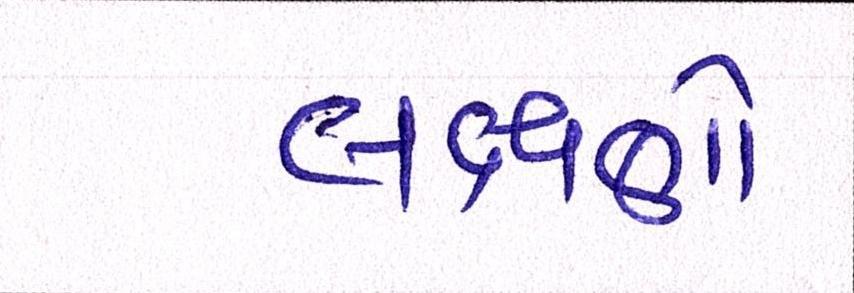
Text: લક્ષણો